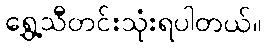
ရွှေ့သီတင်းသုံးရပါတယ်။